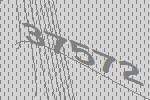
37572